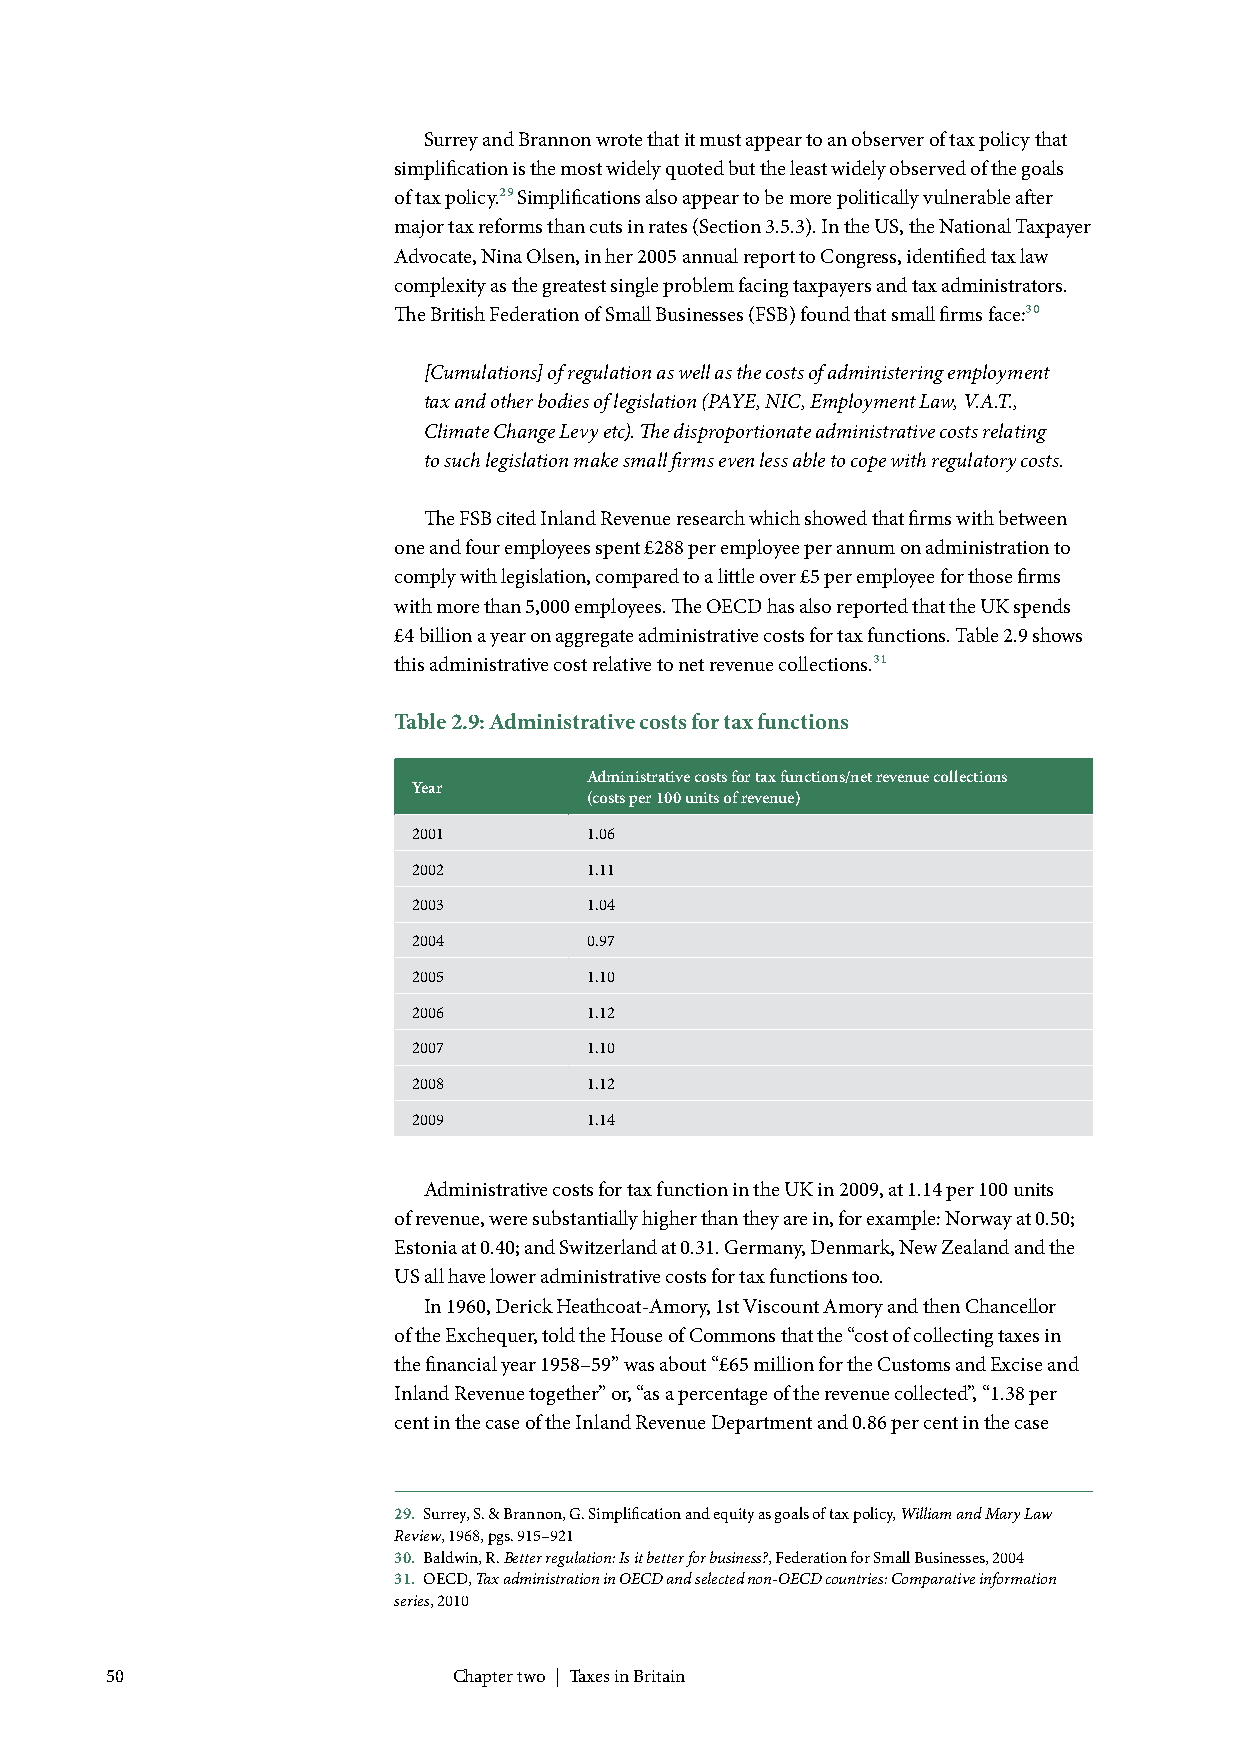
Surrey and Brannon wrote that it must appear to an observer of tax policy that
 simplification is the most widely quoted but the least widely observed of the goals
 of tax policy.29 Simplifications also appear to be more politically vulnerable after
 major tax reforms than cuts in rates (Section 3.5.3). In the US, the National Taxpayer
 Advocate, Nina Olsen, in her 2005 annual report to Congress, identified tax law
 complexity as the greatest single problem facing taxpayers and tax administrators.
 The British Federation of Small Businesses (FSB) found that small firms face:30
 [Cumulations] of regulation as well as the costs of administering employment
 tax and other bodies of legislation (PAYE, NIC, Employment Law, V.A.T.,
 Climate Change Levy etc). The disproportionate administrative costs relating
 to such legislation make small firms even less able to cope with regulatory costs.
 The FSB cited Inland Revenue research which showed that firms with between
 one and four employees spent £288 per employee per annum on administration to
 comply with legislation, compared to a little over £5 per employee for those firms
 with more than 5,000 employees. The OECD has also reported that the UK spends
 £4 billion a year on aggregate administrative costs for tax functions. Table 2.9 shows
 this administrative cost relative to net revenue collections.31
 Table 2.9: Administrative costs for tax functions
 Administrative costs for tax functions/net revenue collections
 Year
 (costs per 100 units of revenue)
 2001        1.06
 2002        1.11
 2003        1.04
 2004        0.97
 2005        1.10
 2006        1.12
 2007        1.10
 2008        1.12
 2009        1.14
 Administrative costs for tax function in the UK in 2009, at 1.14 per 100 units
 of revenue, were substantially higher than they are in, for example: Norway at 0.50;
 Estonia at 0.40; and Switzerland at 0.31. Germany, Denmark, New Zealand and the
 US all have lower administrative costs for tax functions too.
 In 1960, Derick Heathcoat-Amory, 1st Viscount Amory and then Chancellor
 of the Exchequer, told the House of Commons that the “cost of collecting taxes in
 the financial year 1958–59” was about “£65 million for the Customs and Excise and
 Inland Revenue together” or, “as a percentage of the revenue collected”, “1.38 per
 cent in the case of the Inland Revenue Department and 0.86 per cent in the case
 29. Surrey, S. & Brannon, G. Simplification and equity as goals of tax policy, William and Mary Law
 Review, 1968, pgs. 915–921
 30. Baldwin, R. Better regulation: Is it better for business?, Federation for Small Businesses, 2004
 31. OECD, Tax administration in OECD and selected non-OECD countries: Comparative information
 series, 2010
 50                     Chapter two | Taxes in Britain